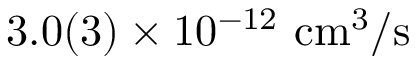
3 . 0 ( 3 ) \times 1 0 ^ { - 1 2 } ~ \mathrm { { c m ^ { 3 } / s } }